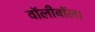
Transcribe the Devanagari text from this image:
वॉलीबॉल।